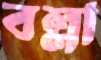
বল্লা